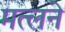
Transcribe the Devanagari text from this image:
मत्लने